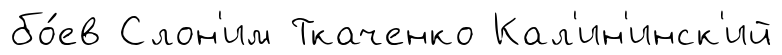
бо́ев Слон'им Ткаченко Кал'ин'инск'ий